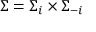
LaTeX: \Sigma = \Sigma _ { i } \times \Sigma _ { - i }